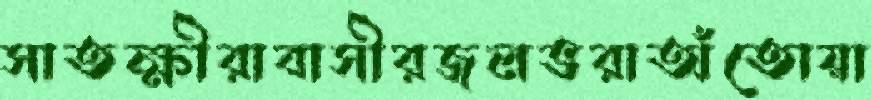
সাতক্ষীরাবাসীরজলভরাঅঁতোয়া